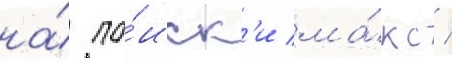
на́ по́иск'и ма́кс /